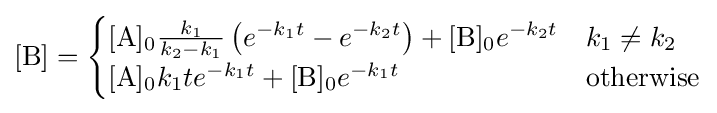
\left[{\ce {B}}\right]={\begin{cases}{\ce {[A]0}}{\frac {k_{1}}{k_{2}-k_{1}}}\left(e^{-k_{1}t}-e^{-k_{2}t}\right)+{\ce {[B]0}}e^{-k_{2}t}&k_{1}\neq k_{2}\\{\ce {[A]0}}k_{1}te^{-k_{1}t}+{\ce {[B]0}}e^{-k_{1}t}&{\text{otherwise}}\\\end{cases}}